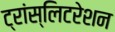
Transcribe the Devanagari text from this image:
ट्रांस्लिटरेशन